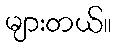
များတယ်။